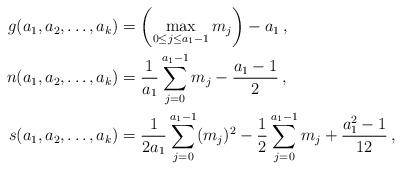
LaTeX: \begin{align*} g(a_1,a_2,\dots,a_k)&=\left(\max_{0\le j\le a_1-1}m_j\right)-a_1\,,\\ n(a_1,a_2,\dots,a_k)&=\frac{1}{a_1}\sum_{j=0}^{a_1-1}m_j-\frac{a_1-1}{2}\,,\\ s(a_1,a_2,\dots,a_k)&=\frac{1}{2 a_1}\sum_{j=0}^{a_1-1}(m_j)^2-\frac{1}{2}\sum_{j=0}^{a_1-1}m_j+\frac{a_1^2-1}{12}\,, \end{align*}